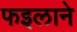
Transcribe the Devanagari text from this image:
फइलाने